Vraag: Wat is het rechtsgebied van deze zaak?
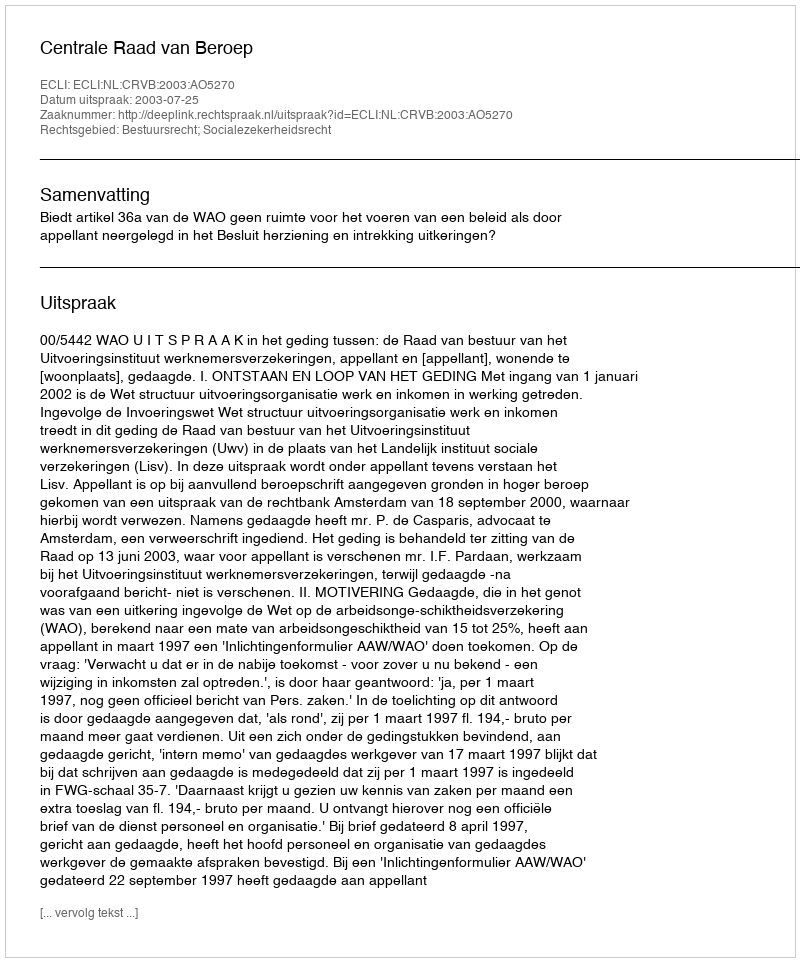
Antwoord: Bestuursrecht; Socialezekerheidsrecht